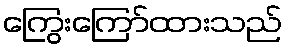
ကြွေးကြော်ထားသည်